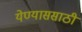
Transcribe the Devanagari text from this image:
येण्याससाठी